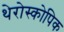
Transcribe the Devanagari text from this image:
थेरोस्कोपिक